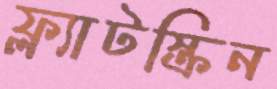
ফ্ল্যাটস্ক্রিন